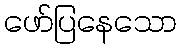
ဖော်ပြနေသော